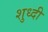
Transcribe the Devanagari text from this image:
शुध्दी